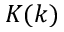
K ( k )